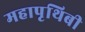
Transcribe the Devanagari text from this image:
महापृथिबी